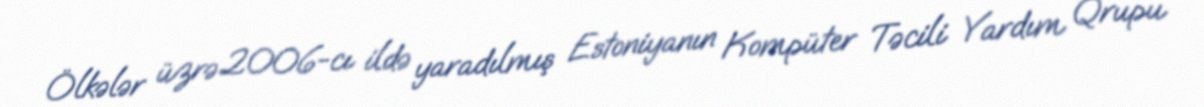
Ölkələr üzrə 2006-cı ildə yaradılmış Estoniyanın Kompüter Təcili Yardım Qrupu